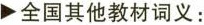
▶全国其他教材词义: